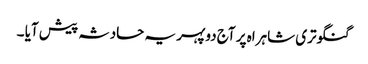
گنگوتری شاہراہ پر آج دوپہر یہ حادثہ پیش آیا ۔